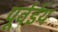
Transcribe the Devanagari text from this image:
पूर्वईय